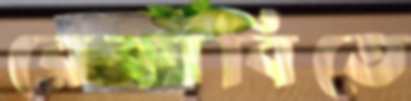
রেকাবিতে